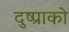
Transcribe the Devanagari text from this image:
दुष्प्राको